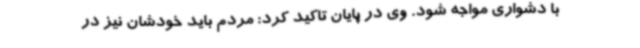
با دشواری مواجه شود. وی در پایان تاکید کرد: مردم باید خودشان نیز در